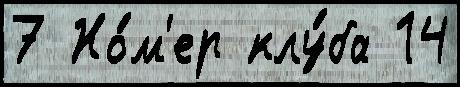
7 Но́м'ер клу́ба 14